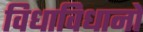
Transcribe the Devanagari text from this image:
विधाविधानों